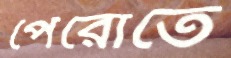
পেরোতে